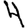
Digit: 4